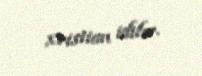
xristian idilər.